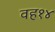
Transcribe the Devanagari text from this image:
वह१४